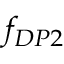
f _ { D P 2 }